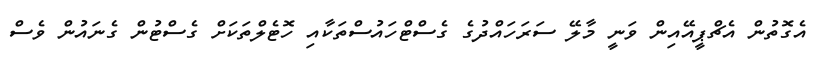
އެގޮތުން އެޗްޕީއޭއިން ވަނީ މާލޭ ސަރަހައްދުގެ ގެސްޓްހައުސްތަކާއި ހޮޓެލްތަކަށް ގެސްޓުން ގެނައުން ވެސް